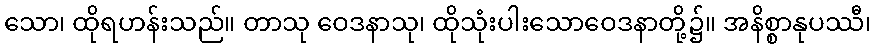
သော၊ ထိုရဟန်းသည်။ တာသု ဝေဒနာသု၊ ထိုသုံးပါးသောဝေဒနာတို့၌။ အနိစ္စာနုပဿီ၊